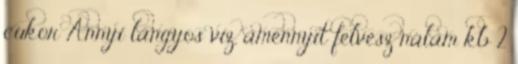
cukor Annyi langyos víz, amennyit felvesz nálam kb 2